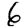
Digit: 6